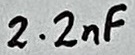
Text: 2.2nF